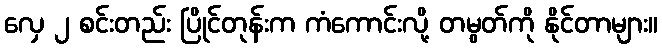
လှေ ၂ စင်းတည်း ပြိုင်တုန်းက ကံကောင်းလို့ တမွတ်ကို နိုင်တာများ။